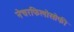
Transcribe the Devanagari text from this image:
नेचरफिलोसोफी